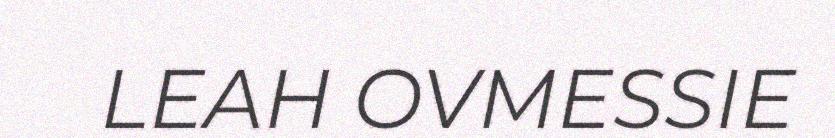
LEAH OVMESSIE